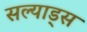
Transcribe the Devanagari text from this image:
सल्याड्स